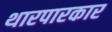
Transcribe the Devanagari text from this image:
थारपारकार